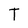
Character: T